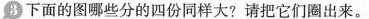
⑧下面的图哪些分的四份同样大？请把它们圈出来。